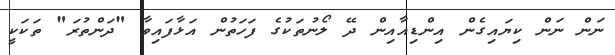
ނަން ނަން ކިޔައިގެން އިންޑިއާއިން ދޭ ލޯނުތަކުގެ ފަހަތުން އަޅާފައިވާ "ދަންތުރަ" ތަކަކީ